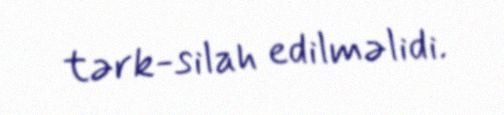
tərk-silah edilməlidi.